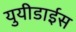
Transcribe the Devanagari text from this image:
युयीडाईस